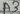
Text: A3